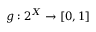
g : 2 ^ { X } \to [ 0 , 1 ]